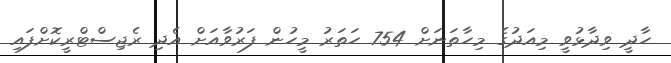
ހާދީ ވިދާޅުވީ މިއަދުގެ މިހާތަނަށް 754 ހަތަރު މީހުން ފަރުވާއަށް އެދި ރެޖިސްޓްރީކޮށްފައި